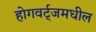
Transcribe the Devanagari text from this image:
होगवर्ट्‌जमधील